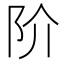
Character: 阶